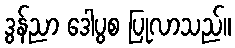
ဒွန်ညာ ဒေါပွစ ပြုလာသည်။